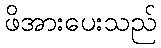
ဖိအားပေးသည်